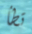
تطأ